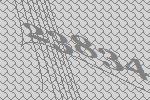
23834